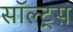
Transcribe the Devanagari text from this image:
सॉल्ट्स